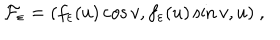
LaTeX: { \cal F } _ { \varepsilon } = ( f _ { \varepsilon } ( u ) \cos v , f _ { \varepsilon } ( u ) \sin v , u ) ~ ,